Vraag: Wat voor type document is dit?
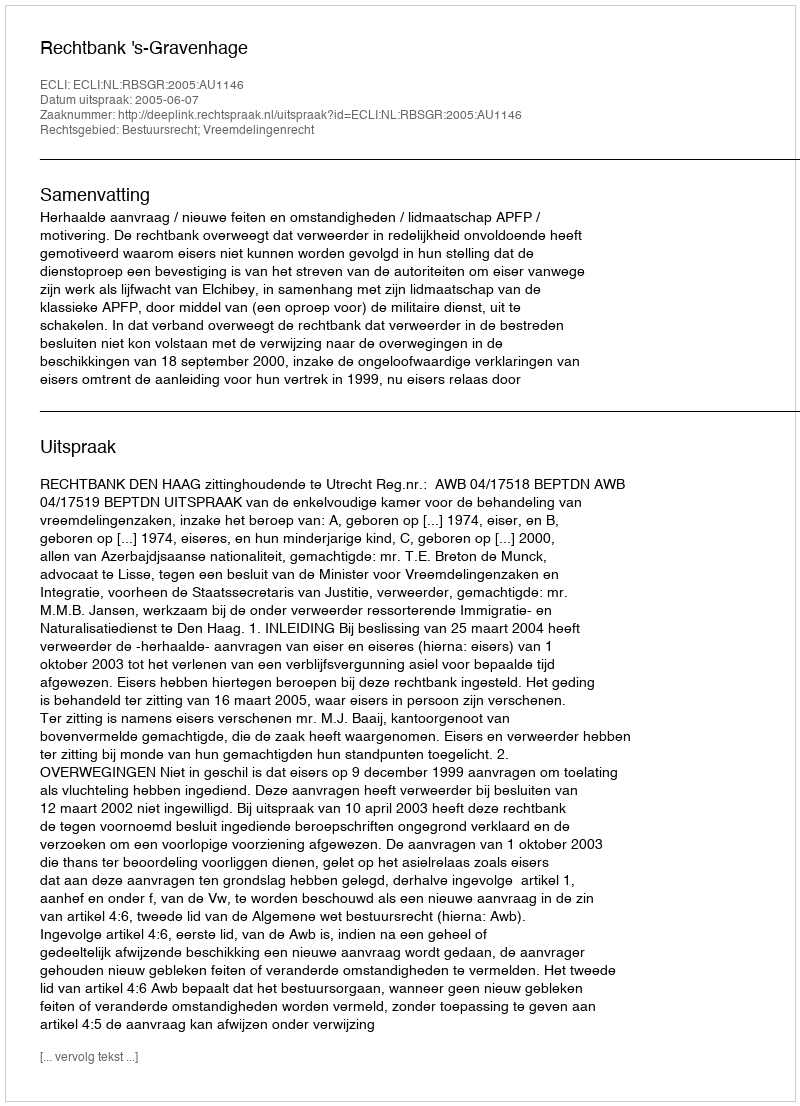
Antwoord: Uitspraak